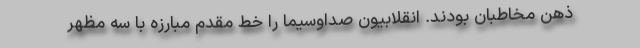
ذهن مخاطبان بودند. انقلابیون صداوسیما را خط مقدم مبارزه با سه مظهر